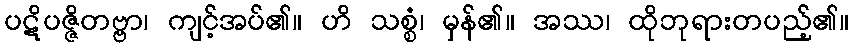
ပဋိပဇ္ဇိတဗ္ဗာ၊ ကျင့်အပ်၏။ ဟိ သစ္စံ၊ မှန်၏။ အဿ၊ ထိုဘုရားတပည့်၏။